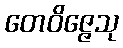
တေဝိဇ္ဇေသု